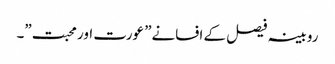
روبینہ فیصل کے افسانے” عورت اور محبت”۔